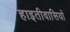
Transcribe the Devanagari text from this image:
हाइतीवासियों